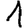
Digit: 1